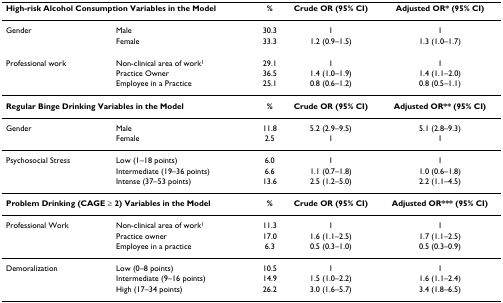
<table><thead><tr><td colspan="2"><b>High-risk Alcohol Consumption Variables in the Model</b></td><td><b>%</b></td><td><b>Crude OR (95% CI)</b></td><td><b>Adjusted OR* (95% CI)</b></td></tr></thead><tbody><tr><td>Gender</td><td>Male</td><td>30.3</td><td>1</td><td>1</td></tr><tr><td></td><td>Female</td><td>33.3</td><td>1.2 (0.9–1.5)</td><td>1.3 (1.0–1.7)</td></tr><tr><td>Professional work</td><td>Non-clinical area of work<sup>1</sup></td><td>29.1</td><td>1</td><td>1</td></tr><tr><td></td><td>Practice Owner</td><td>36.5</td><td>1.4 (1.0–1.9)</td><td>1.4 (1.1–2.0)</td></tr><tr><td></td><td>Employee in a Practice</td><td>25.1</td><td>0.8 (0.6–1.2)</td><td>0.8 (0.5–1.1)</td></tr><tr><td colspan="2"><b>Regular Binge Drinking Variables in the Model</b></td><td><b>%</b></td><td><b>Crude OR (95% CI)</b></td><td><b>Adjusted OR** (95% CI)</b></td></tr><tr><td>Gender</td><td>Male</td><td>11.8</td><td>5.2 (2.9–9.5)</td><td>5.1 (2.8–9.3)</td></tr><tr><td></td><td>Female</td><td>2.5</td><td>1</td><td>1</td></tr><tr><td>Psychosocial Stress</td><td>Low (1–18 points)</td><td>6.0</td><td>1</td><td>1</td></tr><tr><td></td><td>Intermediate (19–36 points)</td><td>6.6</td><td>1.1 (0.7–1.8)</td><td>1.0 (0.6–1.8)</td></tr><tr><td></td><td>Intense (37–53 points)</td><td>13.6</td><td>2.5 (1.2–5.0)</td><td>2.2 (1.1–4.5)</td></tr><tr><td colspan="2"><b>Problem Drinking (CAGE ≥ 2) Variables in the Model</b></td><td><b>%</b></td><td><b>Crude OR (95% CI)</b></td><td><b>Adjusted OR*** (95% CI)</b></td></tr><tr><td>Professional Work</td><td>Non-clinical area of work<sup>1</sup></td><td>11.3</td><td>1</td><td>1</td></tr><tr><td></td><td>Practice owner</td><td>17.0</td><td>1.6 (1.1–2.5)</td><td>1.7 (1.1–2.5)</td></tr><tr><td></td><td>Employee in a practice</td><td>6.3</td><td>0.5 (0.3–1.0)</td><td>0.5 (0.3–0.9)</td></tr><tr><td>Demoralization</td><td>Low (0–8 points)</td><td>10.5</td><td>1</td><td>1</td></tr><tr><td></td><td>Intermediate (9–16 points)</td><td>14.9</td><td>1.5 (1.0–2.2)</td><td>1.6 (1.1–2.4)</td></tr><tr><td></td><td>High (17–34 points)</td><td>26.2</td><td>3.0 (1.6–5.7)</td><td>3.4 (1.8–6.5)</td></tr></tbody></table>